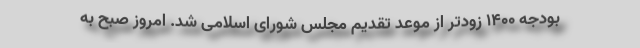
بودجه ۱۴۰۰ زودتر از موعد تقدیم مجلس شورای اسلامی شد. امروز صبح به